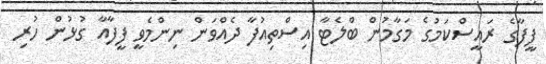
ފީފާގެ ރައީސްކަމުގެ މަގާމުން ބްލެޓާ އިސްތިއުފާ ދެއްވަން ނިންމެވީ ފީފާއާ ގުޅުން ހުރި